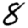
Digit: 8